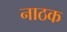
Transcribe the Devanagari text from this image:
नाठक